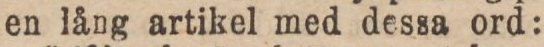
en lång artikel med dessa ord: